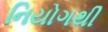
નિયોગથી